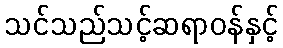
သင်သည်သင့်ဆရာဝန်နှင့်